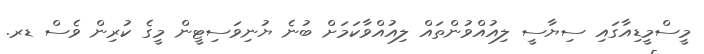
މީސްމީޑިއާގައި ސިޔާސީ ލިއުއްވުންތައް ލިއުއްވާކަމަށް ބުނެ ޔުނިވަސިޓީން މީގެ ކުރިން ވެސް ޑރ.